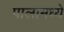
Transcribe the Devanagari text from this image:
पालामध्ये